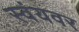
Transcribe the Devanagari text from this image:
स्वंयवर